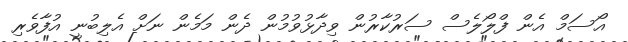
އޯސަމް އެން ފްލޯލެސް ސަރުކާރުން ވިދާޅުވުމުން ދެން މަމެން ނަށް އެލިބުނީ އުފާވެރި